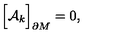
\Bigr [ { \cal A } _ { k } \Bigr ] _ { \partial M } = 0 ,